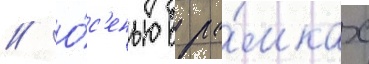
// О́с'енью в ра́мках